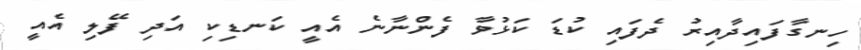
ހިނގާފައިދާއިރު ދެފައި ކުޑަ ކަޅުވާ ފެންނާނެ އެއީ ކަނޑިކި އަދި ފޭލި އެއީ